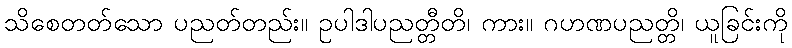
သိစေတတ်သော ပညတ်တည်း။ ဥပါဒါပညတ္တီတိ၊ ကား။ ဂဟဏပညတ္တိ၊ ယူခြင်းကို